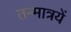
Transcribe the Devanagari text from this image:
तन्मात्रयें